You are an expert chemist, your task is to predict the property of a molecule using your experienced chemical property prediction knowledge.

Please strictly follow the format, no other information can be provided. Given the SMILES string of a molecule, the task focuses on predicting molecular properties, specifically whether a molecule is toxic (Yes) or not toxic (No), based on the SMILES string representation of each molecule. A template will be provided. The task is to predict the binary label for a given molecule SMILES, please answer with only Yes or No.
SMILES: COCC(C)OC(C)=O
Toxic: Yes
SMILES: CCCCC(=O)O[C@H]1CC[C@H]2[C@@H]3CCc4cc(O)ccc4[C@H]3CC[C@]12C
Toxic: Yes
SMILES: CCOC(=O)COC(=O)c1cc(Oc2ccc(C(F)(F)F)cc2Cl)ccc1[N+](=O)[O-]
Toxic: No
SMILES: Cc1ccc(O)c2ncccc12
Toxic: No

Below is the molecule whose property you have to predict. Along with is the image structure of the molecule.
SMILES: O=[N+]([O-])OCCN(CCO[N+](=O)[O-])CCO[N+](=O)[O-]
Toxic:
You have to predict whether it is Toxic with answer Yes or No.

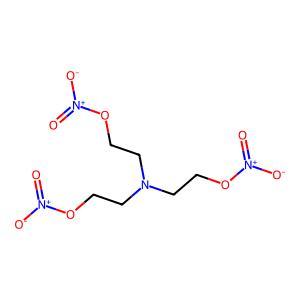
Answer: No